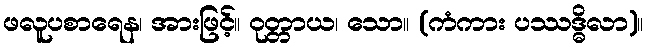
ဖလူပစာရေန၊ အားဖြင့်။ ဝုတ္တာယ၊ သော။ (ကံကား ပဿဒ္ဓိလာ)။